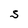
Character: s